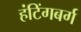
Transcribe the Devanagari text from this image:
हंटिंगबर्ग